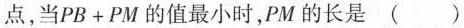
点，当$$PB+PM$$的值最小时，PM的长是( )